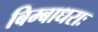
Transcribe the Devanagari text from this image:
बिम्बाधराः